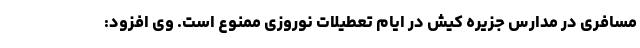
مسافری در مدارس جزیره کیش در ایام تعطیلات نوروزی ممنوع است. وی افزود: